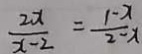
\frac { 2 x } { x - 2 } = \frac { 1 - x } { 2 - x }